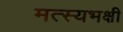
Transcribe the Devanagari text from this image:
मत्स्यभक्षी